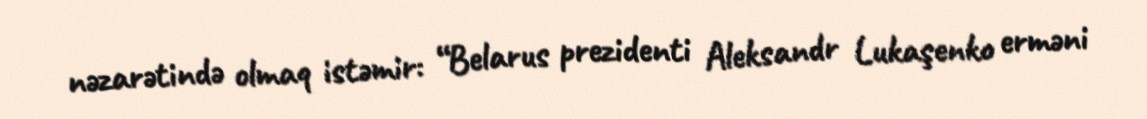
nəzarətində olmaq istəmir: “Belarus prezidenti Aleksandr Lukaşenko erməni